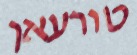
טורעאן